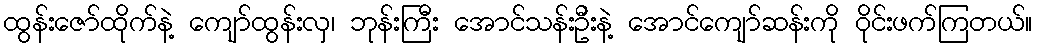
ထွန်းဇော်ထိုက်နဲ့ ကျော်ထွန်းလှ၊ ဘုန်းကြီး အောင်သန်းဦးနဲ့ အောင်ကျော်ဆန်းကို ဝိုင်းဖက်ကြတယ်။